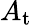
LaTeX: A_{\mathrm{{t}}}